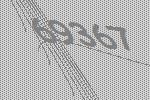
69367